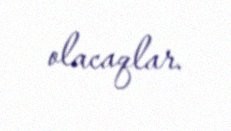
olacaqlar.